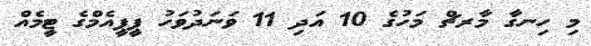
މި ހިނގާ މާރޗް މަހުގެ 10 އަދި 11 ވަނަދުވަހު ޕީޕީއެމްގެ ޓީމެއް